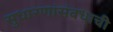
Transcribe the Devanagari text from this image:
सुधारणांसंबधाची